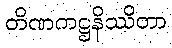
တိဏကဋ္ဌနိဿိတာ